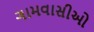
ગામવાસીઓ